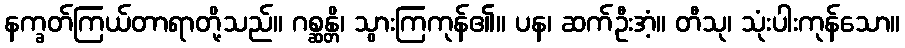
နက္ခတ်ကြယ်တာရာတို့သည်။ ဂစ္ဆန္တိ၊ သွားကြကုန်၏။ ပန၊ ဆက်ဦးအံ့။ တီသု၊ သုံးပါးကုန်သော။